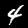
Digit: 4